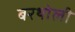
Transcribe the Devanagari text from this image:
बरथोली